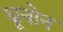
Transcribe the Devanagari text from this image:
धूनोन